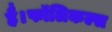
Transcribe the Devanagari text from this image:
है।फॉलिकल्स